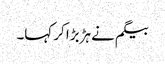
بیگم نے ہڑبڑا کر کہا۔